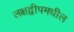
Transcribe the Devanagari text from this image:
लक्षद्वीपमधील